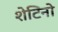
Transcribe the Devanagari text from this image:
शेटिनो